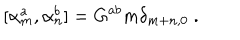
LaTeX: \qquad [ \alpha _ { m } ^ { a } , \alpha _ { n } ^ { b } ] = G ^ { a b } m \delta _ { m + n , 0 } \ .